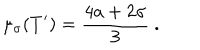
LaTeX: \mu _ { \sigma } ( T ^ { \prime } ) = \frac { 4 a + 2 \sigma } { 3 } \ .